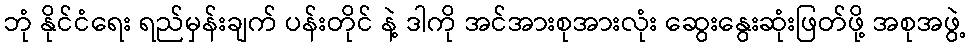
ဘုံ နိုင်ငံရေး ရည်မှန်းချက် ပန်းတိုင် နဲ့ ဒါကို အင်အားစုအားလုံး ဆွေးနွေးဆုံးဖြတ်ဖို့ အစုအဖွဲ့